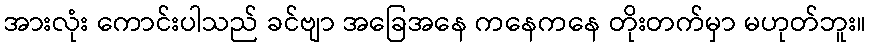
အားလုံး ကောင်းပါသည် ခင်ဗျာ အခြေအနေ ကနေကနေ တိုးတက်မှာ မဟုတ်ဘူး။